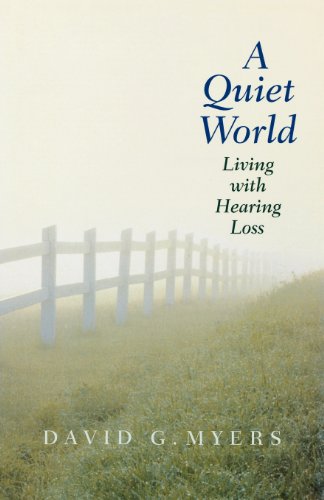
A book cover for A Quiet World: Living with Hearing Loss; David G. Myers; Health, Fitness & Dieting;